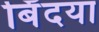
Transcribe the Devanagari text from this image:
बिँदया